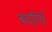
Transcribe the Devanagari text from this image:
बदरियँ